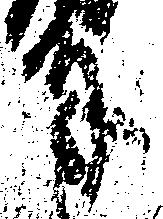
奉